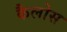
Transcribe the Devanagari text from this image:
कैलोस